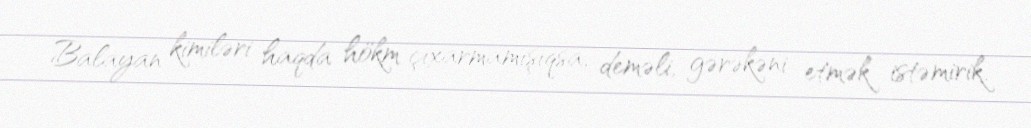
Balayan kimiləri haqda hökm çıxarmamışıqsa, deməli, gərəkəni etmək istəmirik.